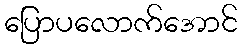
ပြောပလောက်အောင်